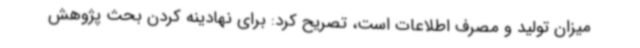
میزان تولید و مصرف اطلاعات است، تصریح کرد: برای نهادینه کردن بحث پژوهش